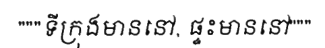
"""ទីក្រុងមាននៅ, ផ្ទះមាននៅ"""